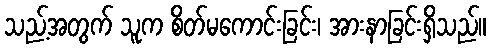
သည့်အတွက် သူက စိတ်မကောင်းခြင်း၊ အားနာခြင်းရှိသည်။